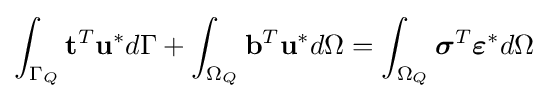
\int _{\Gamma _{Q}}\mathbf {t} ^{T}\mathbf {u} ^{*}d\Gamma +\int _{\Omega _{Q}}\mathbf {b} ^{T}\mathbf {u} ^{*}d\Omega =\int _{\Omega _{Q}}{\boldsymbol {\sigma }}^{T}{\boldsymbol {\varepsilon }}^{*}d\Omega